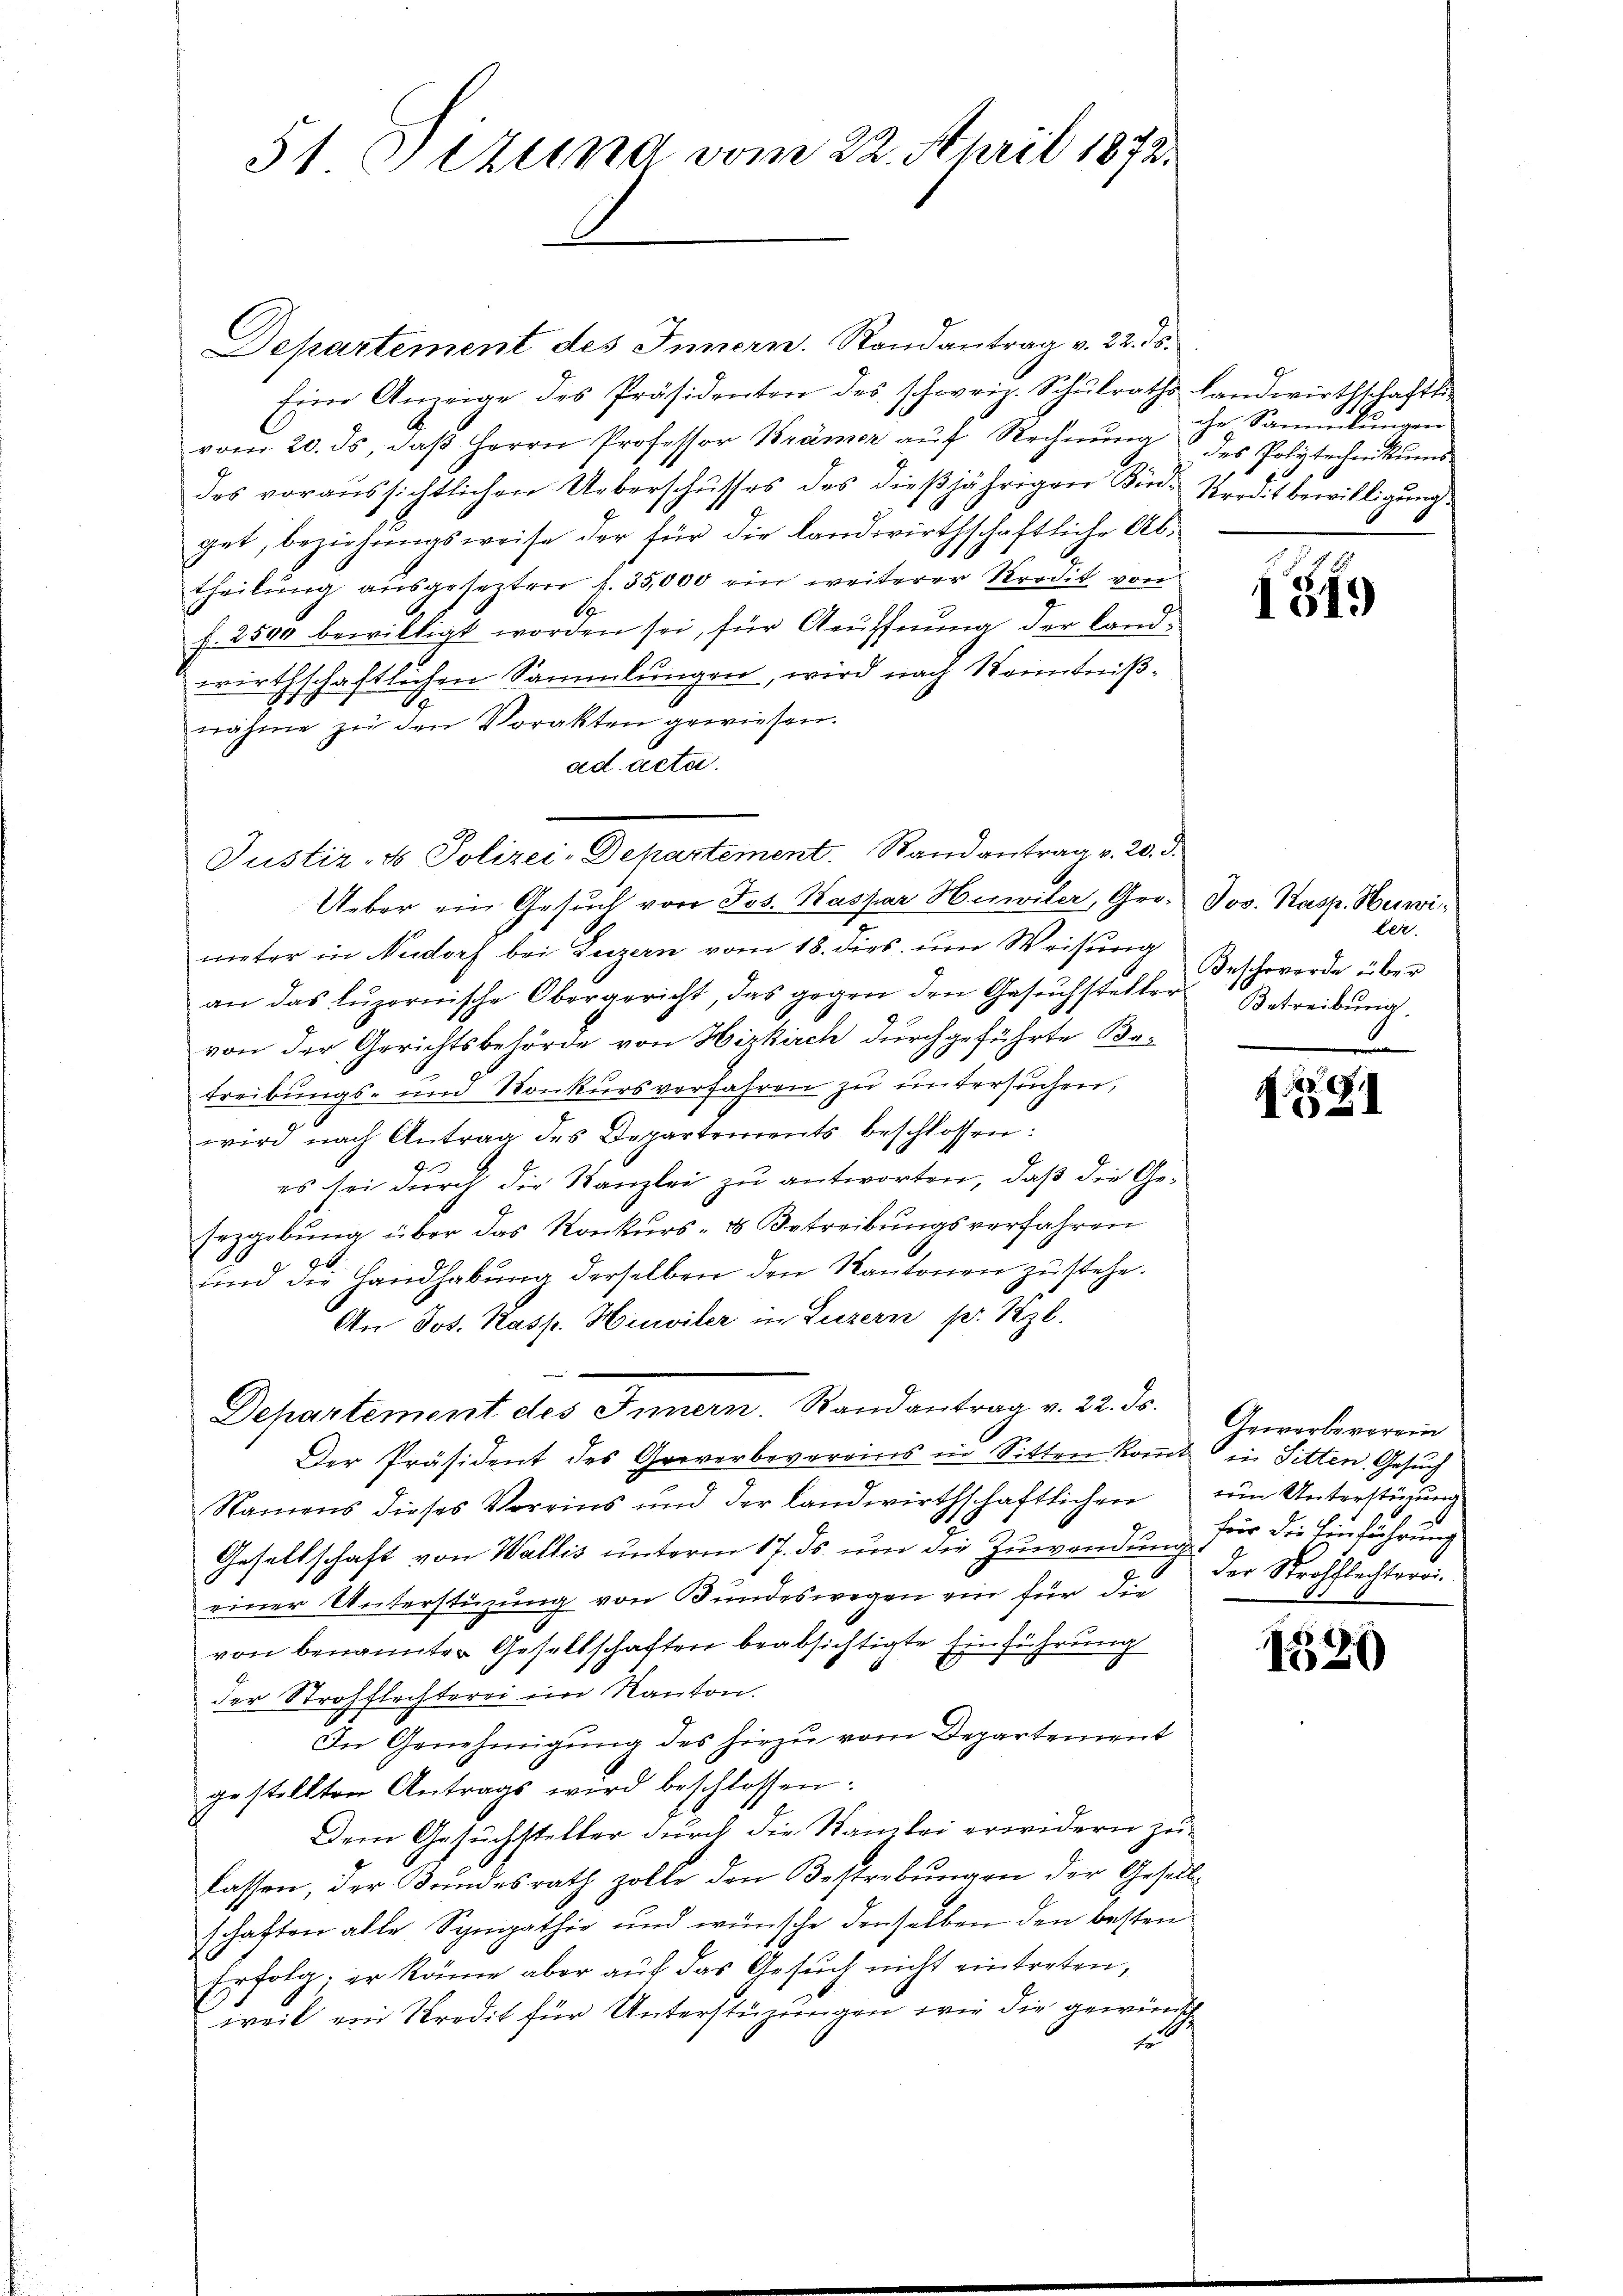
51 Otzung vom 22. April 1872.

Departement des Innern. Randantrag v. 22. ds.
Eine Anzeige des Präsidenten des schweiz. Schŭlraths Landwirthschafts-
vom 20. ds. daβ Herrn Professor Krämer aŭf Rechnŭng des Polytechnikŭms.
des voraussichtlichen Ueberschusses des dieβjährigen Kin-Kredit bewilligŭng.
get, beziehungsweise der für die landwirthschaftliche Abtheilŭng aŭsgesezten f. 35,000 ein weiterer Kredit von
A
f. 2500 bewilligt worden sei, für Aeuffnung der land-
wirthschaftlichen Sammlungen, wird nach Kenntnißnähme zu den Vorakten gewiesen.
ad acta.
Ueber ein Gesuch von Jos. Kaspar Huwiler, Grometer in Aadorf bei Luzern vom 18. dies um Weisung
an das Lŭzernische Obergericht, das gegen den Gesuchsteller Betreibung.
von der Gerichtsbehörde von Hizkirch durchgeführte Batreibungs- und Konkursverfahren zu untersuchen,
wird nach Antrag des Departements beschlossen:
es sei durch die Kanzlei zu antworten, daß die Gesezgebung über das Konkurs- & Betreibungsverfahren
und die Handhabung derselben den Kantonen zu stehe.
An Jos. Kasp. Heiler in Luzern pr. Kzl.
 |
Departement des Innern. Randantrag v. 22. ds.
Der Präsident des Greverbevereins in Sitten komt in Sitten Gesuch
Namens dieses Voreins und der landwirthschaftlichen
d
Gesellschaft von Wallis unterm 17. ds. um die Zuwendung für die Einführung
einer Unterstüzung von Bundeswegen ein für die
von benannter Gesellschaften beabsichtigte Einführung
der Strohflechterei im Kanton.
In Genehmigŭng des hiezu vom Departement
gestellten Antrags wird beschlossen:
Dem Gesuchsteller durch die Stanzlei erwidern zu
lassen, der Bundesrath zolle den Bestrebungen der Gesellschaften alle Sympathie und wünsche denselben den besten
Erfolg. er könne aber aŭf das Gesŭch nicht eintreten,
weil ein Kredit für Unterstüzungen wie die gewünsch
Er

Justiz- & Polizei-Departement. Stand antrag v. 20. d.

ale Sammlungen

1319)

Jos. Kasp. Herwi
ter.
Beschwerde über
e

F
1021

Gewerbeverein
tein Unterstüzung
der Strohflechteroi

1520